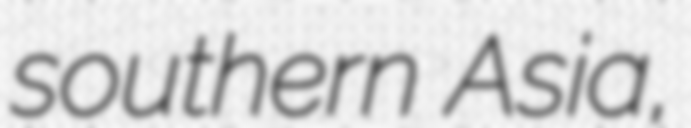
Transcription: southern Asia,